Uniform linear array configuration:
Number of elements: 12
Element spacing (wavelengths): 0.25
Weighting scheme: binomial
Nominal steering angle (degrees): -60
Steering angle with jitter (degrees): -60.678
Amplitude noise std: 0.05
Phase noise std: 0.05

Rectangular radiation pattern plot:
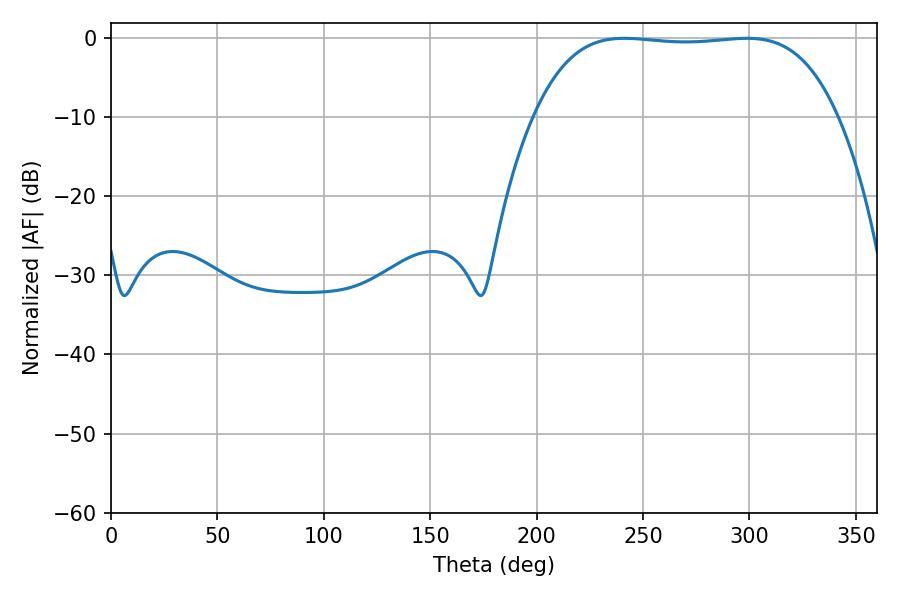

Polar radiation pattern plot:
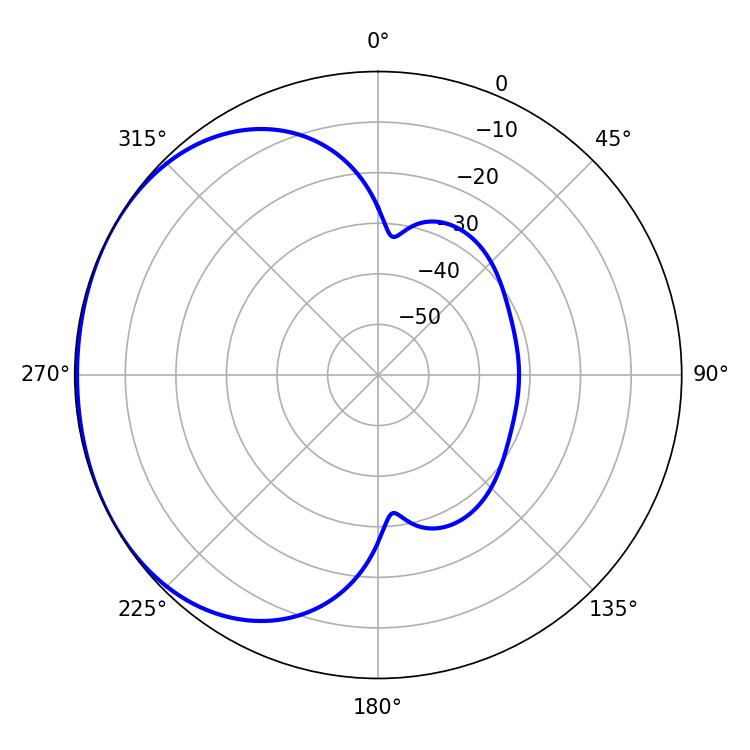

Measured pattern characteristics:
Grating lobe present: FALSE
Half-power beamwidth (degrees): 111.6
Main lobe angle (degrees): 241.2